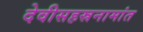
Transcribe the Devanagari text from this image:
देवीसहस्रनामांत